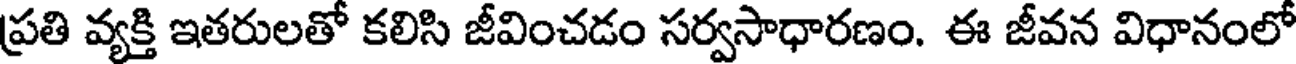
ప్రతి వ్యక్తి ఇతరులతో కలిసి జీవించడం సర్వసాధారణం. ఈ జీవన విధానంలో